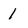
Character: 1